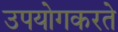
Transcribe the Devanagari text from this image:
उपयोगकरते